Leaving Certificate Examination, 1923
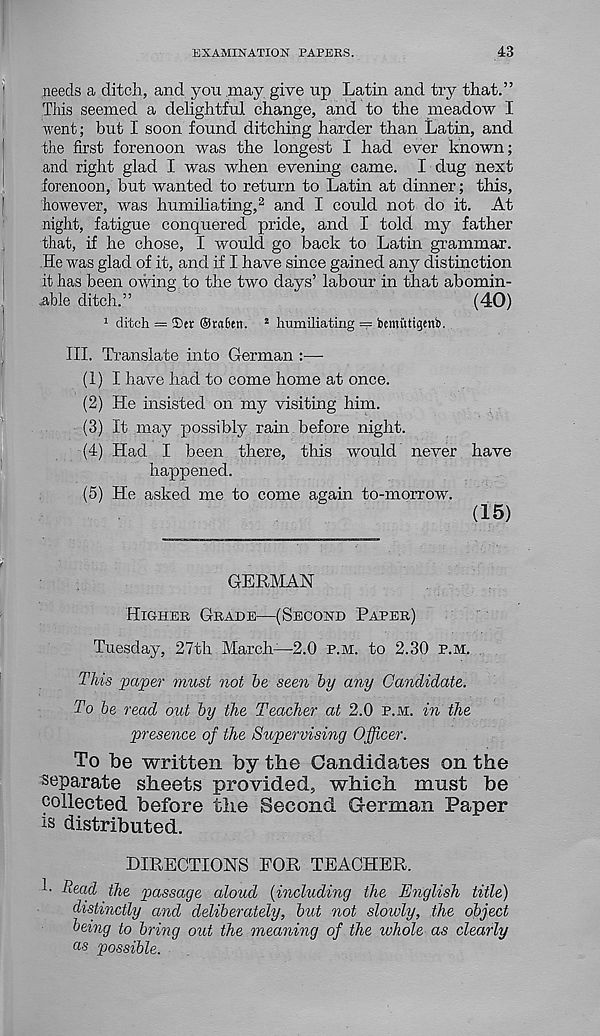
EXAMINATION PAPERS.
43
needs a ditch, and you may give up Latin and try that.”
Tins seemed a delightful change, and to the meadow I
went; but I soon found ditching harder than Latin, and
the first forenoon was the longest I had ever known;
and right glad I was when evening came. I dug next
forenoon, but wanted to return to Latin at dinner; this,
however, was humiliating, 2 and I could not do it. At
night, fatigue conquered pride, and I told my father
that, if he chose, I would go back to Latin grammar.
He was glad of it, and if I have since gained any distinction
it has been owing to the two days’ labour in that abomin-
,able ditch.
(40)
1 ditch =
®ra6en. 2 humiliating = bcmutigenb.
III. Translate into German :—
(1) I have had to come home at once.
(2) He insisted on my visiting him.
(3) It may possibly rain before night.
(4) Had I been there, this would never
happened.
(5) He asked me to come again to-morrow.
GERMAN
Higher Grade—(Second Paper)
Tuesday, 27th March—2.0 p.m. to 2.30 p.m.
This paper must not he seen by any Candidate.
To he read out by the Teacher at 2.0 p.m. in the
presence of the Supervising Officer.
To be written by the Candidates on the
separate sheets provided, which must be
collected before the Second German Paper
is distributed.
DIRECTIONS FOR TEACHER.
1- Read the passage aloud {including the English title)
distinctly and deliberately, but not slowly, the object
being to bring out the meaning of the whole as clearly
as possible.
have
(15)